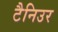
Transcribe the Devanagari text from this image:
टैनिउर